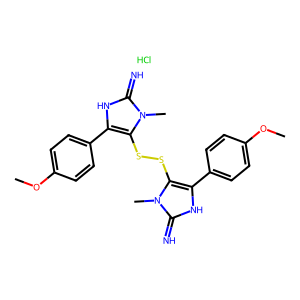
SMILES: COc1ccc(-c2[nH]c(=N)n(C)c2SSc2c(-c3ccc(OC)cc3)[nH]c(=N)n2C)cc1.Cl
Inhibits HIV replication: No